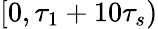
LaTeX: [0,\tau_{1}+10\tau_{s})